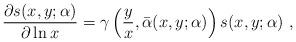
LaTeX: \begin{align*}\frac{\partial s(x,y;\alpha)}{\partial\ln x}=\gamma\left(\frac{y}{x},\bar\alpha(x,y;\alpha)\right)s(x,y;\alpha)~,\end{align*}